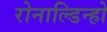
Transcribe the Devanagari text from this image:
रोनाल्डिन्हो